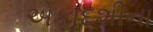
એકાદશીના